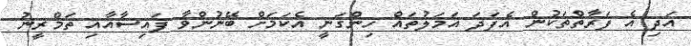
އަދި އެ ފަރާތްތަކުން އެފަދަ އަމަލުތައް ހިންގަނީ އެކަމަށް ބޭނުންވާ ފައިސާއާއި ތަމްރީނު